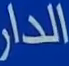
الدار